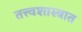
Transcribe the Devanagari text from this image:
तत्त्वशास्त्रात